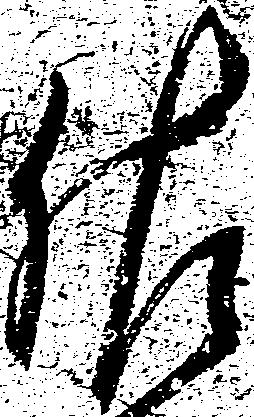
佐